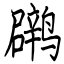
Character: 䴙